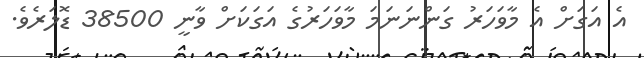
އެ އަގަށް އެ މާވަހަރު ގަންނަނަމަ މާވަހަރުގެ އަގަކަށް ވާނީ 38500 ޑޮލަރެވެ.